Report of the Indian Hemp Drugs Commission, 1894-1895 - Volume VI
Year: 1894
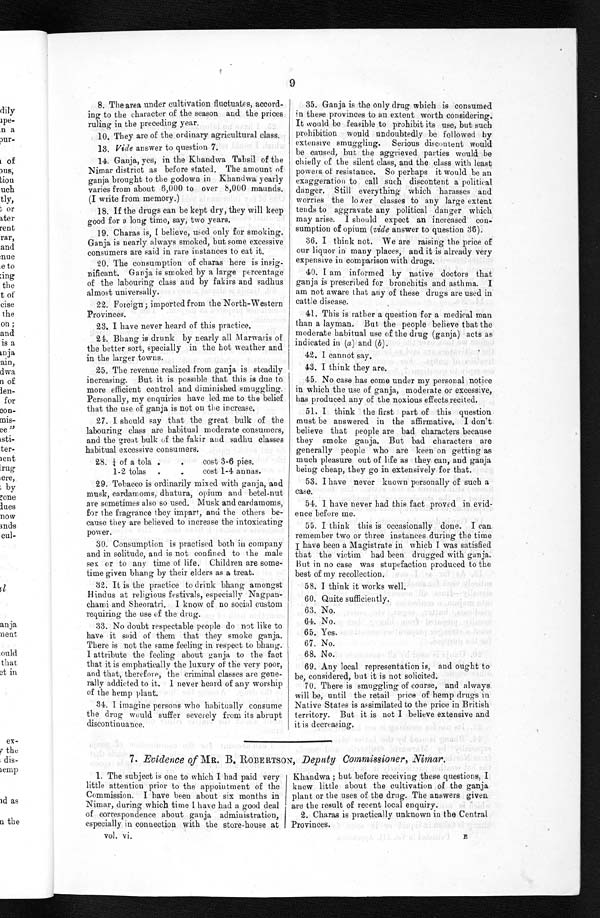
9
8. The area under cultivation fluctuates, accord-
ing to the character of the season and the prices
ruling in the preceding year.
10. They are of the ordinary agricultural class.
13. Vide answer to question 7.
14. Ganja, yes, in the Khandwa Tahsil of the
Nimar district as before stated. The amount of
ganja brought to the godown in Khandwa yearly
varies from about 6,000 to over 8,000 maunds.
(I write from memory.)
18. If the drugs can be kept dry, they will keep
good for a long time, say, two years.
19. Charas is, I believe, used only for smoking.
Ganja is nearly always smoked, but some excessive
consumers are said in rare instances to eat it.
20. The consumption of charas here is insig-
nificant. Ganja is smoked by a large percentage
of the labouring class and by fakirs and sadhus
almost universally.
22. Foreign; imported from the North-Western
Provinces.
23. I have never heard of this practice.
24. Bhang is drunk by nearly all Marwaris of
the better sort, specially in the hot weather and
in the larger towns.
25. The revenue realized from ganja is steadily
increasing. But it is possible that this is due to
more efficient control and diminished smuggling.
Personally, my enquiries have led me to the belief
that the use of ganja is not on the increase.
27. I should say that the great bulk of the
labouring class are habitual moderate consumers,
and the great bulk of the fakir and sadhu classes
habitual excessive consumers.
28. ¼ of a tola . .cost 3-6 pies.
1-2 tolas . . cost 1-4 annas.
29. Tobacco is ordinarily mixed with ganja, and
musk, cardamoms, dhatura, opium and betel-nut
are sometimes also so used. Musk and cardamoms,
for the fragrance they impart, and the others be-
cause they are believed to increase the intoxicating
power.
30. Consumption is practised both in company
and in solitude, and is not confined to the male
sex or to any time of life. Children are some--
time given bhang by their elders as a treat.
32. It is the practice to drink bhang amongst
Hindus at religious festivals, especially Nagpan-
chami and Sheoratri. I know of no social custom
requiring the use of the drug.
33. No doubt respectable people do not like to
have it said of them that they smoke ganja.
There is not the same feeling in respect to bhang.
I attribute the feeling about ganja to the fact
that it is emphatically the luxury of the very poor,
and that, therefore, the criminal classes are gene--
rally addicted to it. I never heard of any worship
of the hemp plant.
34. I imagine persons who habitually consume
the drug would suffer severely from its abrupt
discontinuance.
35. Ganja is the only drug which is consumed
in these provinces to an extent worth considering.
It would be feasible to prohibit its use, but such
prohibition would undoubtedly be followed by
extensive smuggling. Serious discontent would
be caused, but the aggrieved parties would be
chiefly of the silent class, and the class with least
powers of resistance. So perhaps it would be an
exaggeration to call such discontent a political
danger. Still everything which harasses and
worries the lower classes to any large extent
tends to aggravate any political danger which
may arise. I should expect an increased con-
sumption of opium (vide answer to question 36).
36. I think not. We are raising the price of
our liquor in many places, and it is already very
expensive in comparison with drugs.
40. I am informed by native doctors that
ganja is prescribed for bronchitis and asthma. I
am not aware that any of these drugs are used in
cattle disease.
41. This is rather a question for a medical man
than a layman. But the people believe that the
moderate habitual use of the drug (ganja) acts as
indicated in (a) and ( b ).
42. I cannot say.
43. I think they are.
45. No case has come under my personal notice
in which the use of ganja, moderate or excessive,
has produced any of the noxious effects recited.
51. I think the first part of this question
must be answered in the affirmative. I don't
believe that people are bad characters because
they smoke ganja. But bad characters are
generally people who are keen on getting as
much pleasure out of life as they can, and ganja
being cheap, they go in extensively for that.
53. I have never known personally of such a
case.
54. I have never had this fact proved in evid-
ence before me.
55. I think this is occasionally done. I can
r e m e m b e r t w o o r t h r e e i n s t a n c e s d u r i n g t h e t i m e I h a v e b e e n a M a g i s t r a t e i n w h i c h I w a s s a t i s f i e d
that the victim had been drugged with ganja.
But in no case was stupefaction produced to the
best of my recollection.
58. I think it works well.
60. Quite sufficiently.
6 3 . . N o .
64. No.
65. Yes.
67. No.
68. No.
69. Any local representation is, and ought to
be, considered, but it is not solicited.
70. There is smuggling of course, and always
will be, until the retail price of hemp drugs in
Native States is assimilated to the price in British
territory. But it is not I believe extensive and
it is decreasing.
7. Evidence of MR. B. ROBERTSON, Deputy Commissioner, Nimar.
1. The subject is one to which I had paid very
little attention prior to the appointment of the
Commission. I have been about six months in
Nimar, during which time I have had a good deal
of correspondence about ganja administration,
especially in connection with the store-house at
vol. vi.
Khandwa ; but before receiving these questions, I
knew little about the cultivation of the ganja
plant or the uses of the drug. The answers given
are the result of recent local enquiry.
2. Charas is practically unknown in the Central
Provinces.
E